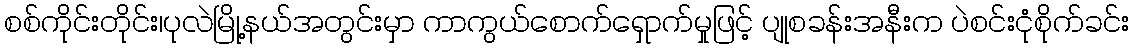
စစ်ကိုင်းတိုင်း၊ပုလဲမြို့နယ်အတွင်းမှာ ကာကွယ်စောက်ရှောက်မှုဖြင့် ပျုစခန်းအနီးက ပဲစင်းငုံစိုက်ခင်း